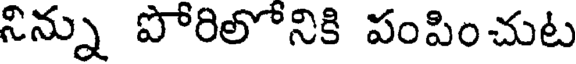
నిన్ను పోరిలోనికి పంపించుట